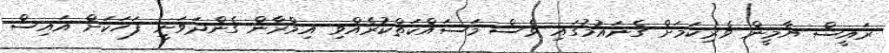
ރައީސް ޔާމީން ވެރިކަމަށް ގެނައުމުގައި ވެސް މަސައްކަތްކުރެއްވި އިމްރާން ގެންދަވަނީ ފަހަކަށް އައިސް